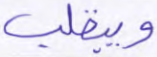
وينقلب